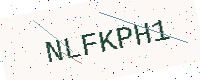
Text: NLFKPH1